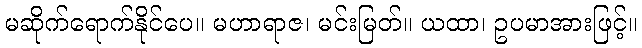
မဆိုက်ရောက်နိုင်ပေ။ မဟာရာဇ၊ မင်းမြတ်။ ယထာ၊ ဥပမာအားဖြင့်။